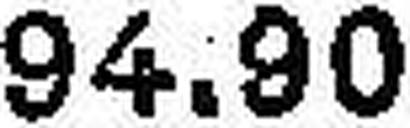
94.90